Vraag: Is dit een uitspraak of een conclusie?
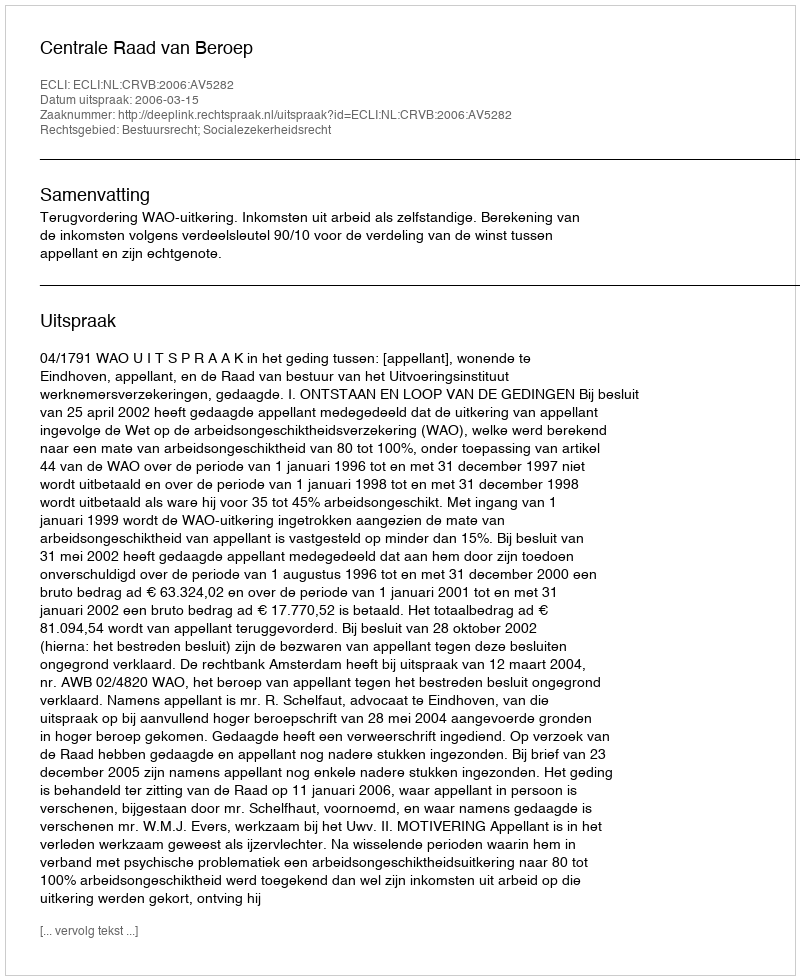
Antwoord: Uitspraak